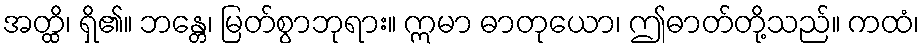
အတ္ထိ၊ ရှိ၏။ ဘန္တေ၊ မြတ်စွာဘုရား။ ဣမာ ဓာတုယော၊ ဤဓာတ်တို့သည်။ ကထံ၊